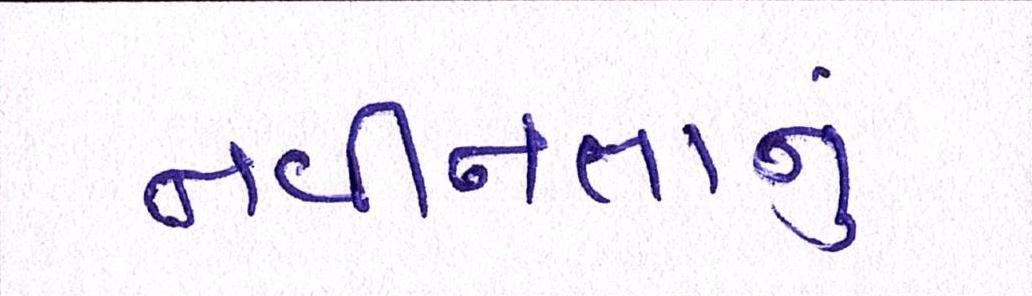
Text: નવીનતાનું